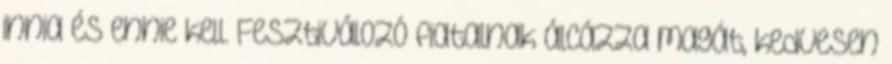
innia és ennie kell. Fesztiválozó fiatalnak álcázza magát, kedvesen